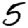
Digit: 5